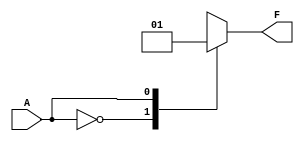
module single_variable_kmap (
    input wire A,     // Input variable
    output reg F     // Output variable
);

// Parameters to define the K-map outputs for F(0) and F(1)
parameter F0 = 0;  // Output when A = 0
parameter F1 = 1;  // Output when A = 1

// Combinational logic block
always @(*) begin
    case (A)
        1'b0: F = F0;  // If A is 0, output F is F(0)
        1'b1: F = F1;  // If A is 1, output F is F(1)
        default: F = 1'bx; // In case of unexpected input, output unknown
    endcase
end

endmodule